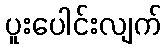
ပူးပေါင်းလျက်